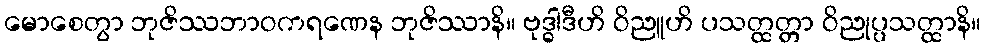
မောစေတွာ ဘုဇိဿဘာဝကရဏေန ဘုဇိဿာနိ။ ဗုဒ္ဓါဒီဟိ ဝိညူဟိ ပသတ္ထတ္တာ ဝိညုပ္ပသတ္ထာနိ။